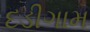
દડીગામ